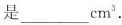
是___cm^{3}.